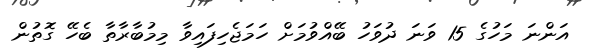
އަންނަ މަހުގެ 15 ވަނަ ދުވަހު ބޭއްވުމަށް ހަމަޖެހިފައިވާ މިމުބާރާތާ ބެހޭ ގޮތުން